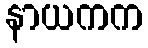
နာယကက